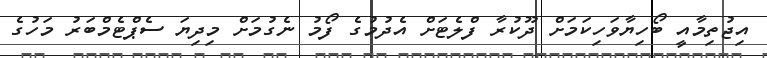
އިޖުތިމާއީ ބޯހިޔާވަހިކަމަށް ދޫކުރާ ފްލެޓަށް އެދުމުގެ ފޯމު ނެގުމަށް މިދިޔަ ސެޕްޓެމްބަރު މަހުގެ